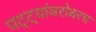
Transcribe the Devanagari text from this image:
पट्ट्यांबरोबरच